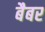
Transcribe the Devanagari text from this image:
बैबर